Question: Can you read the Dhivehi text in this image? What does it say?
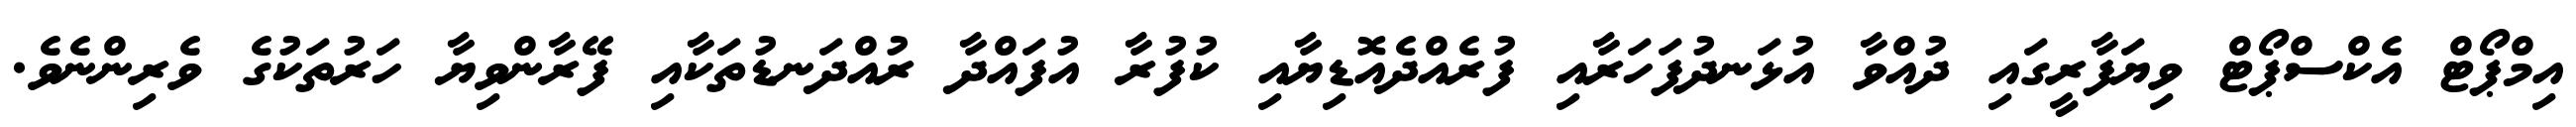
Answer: އިމްޕޯޓް އެކްސްޕޯޓް ވިޔަފާރީގައި ދުއްވާ އުޅަނދުފަހަރާއި ފުރެއްދެއޮޑިޔާއި ކުފުރާ އުފައްދާ ރުއްދަނޑުތަކާއި ފޭރާންވިޔާ ހަރުތަކުގެ ވެރިންނެވެ.